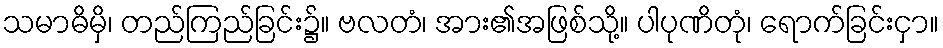
သမာဓိမှိ၊ တည်ကြည်ခြင်း၌။ ဗလတံ၊ အား၏အဖြစ်သို့။ ပါပုဏိတုံ၊ ရောက်ခြင်းငှာ။